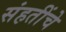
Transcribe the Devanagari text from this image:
संहतींचे